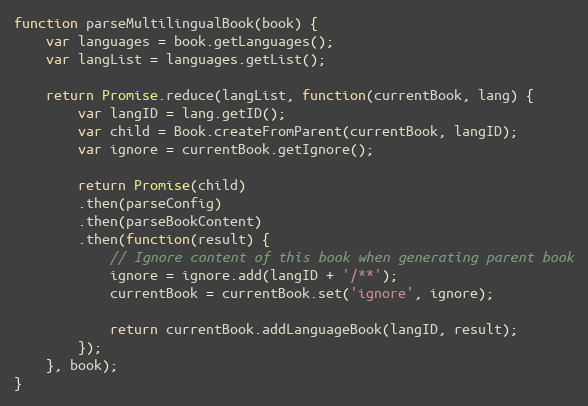
Language: JavaScript
function parseMultilingualBook(book) {
    var languages = book.getLanguages();
    var langList = languages.getList();

    return Promise.reduce(langList, function(currentBook, lang) {
        var langID = lang.getID();
        var child = Book.createFromParent(currentBook, langID);
        var ignore = currentBook.getIgnore();

        return Promise(child)
        .then(parseConfig)
        .then(parseBookContent)
        .then(function(result) {
            // Ignore content of this book when generating parent book
            ignore = ignore.add(langID + '/**');
            currentBook = currentBook.set('ignore', ignore);

            return currentBook.addLanguageBook(langID, result);
        });
    }, book);
}